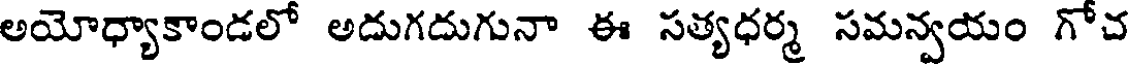
అయోధ్యాకాండలో అదుగదుగునా ఈ సత్యధర్మ సమన్వయం గోచ